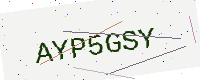
Text: AYP5GSY